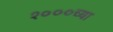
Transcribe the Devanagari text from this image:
१०००च्या